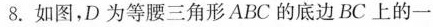
8.如图，D为等腰三角形ABC的底边BC上的一